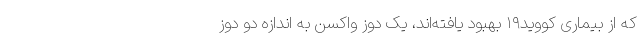
که از بیماری کووید۱۹ بهبود یافته‌اند، یک دوز واکسن به اندازه دو دوز